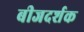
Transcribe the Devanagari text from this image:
बीजदर्शक